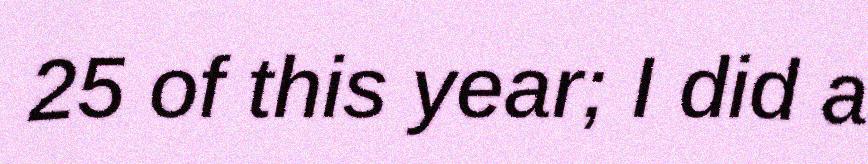
25 of this year; I did a